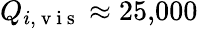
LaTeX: Q_{i,\mathrm{~v~i~s~}}\approx 25{,}000